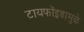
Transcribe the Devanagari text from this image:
टायफॉइडामुळे